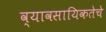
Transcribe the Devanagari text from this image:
व्यावसायिकतेचे